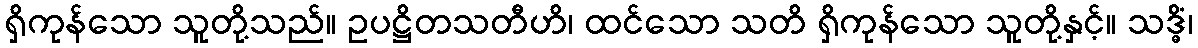
ရှိကုန်သော သူတို့သည်။ ဥပဋ္ဌိတသတီဟိ၊ ထင်သော သတိ ရှိကုန်သော သူတို့နှင့်။ သဒ္ဓိံ၊